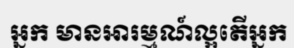
អ្នក មានអារម្មណ៍ល្អតើអ្នក